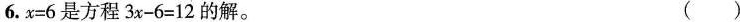
6.$$x = 6$$是方程$$3 x - 6 = 1 2$$的解。 ( )